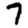
Digit: 7